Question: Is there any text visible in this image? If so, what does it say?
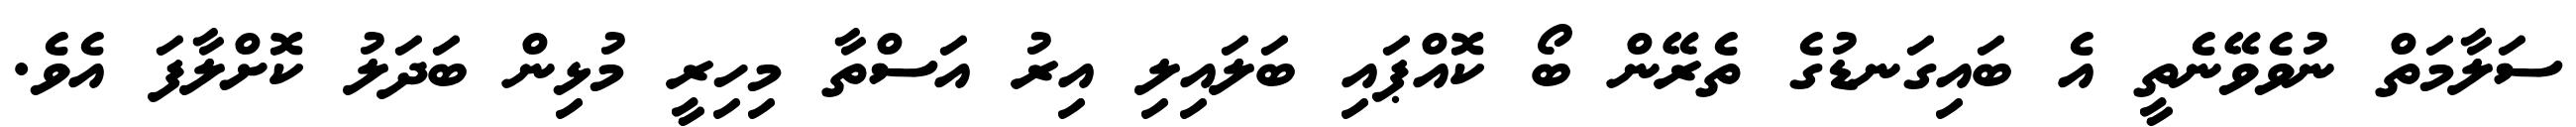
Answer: ސަލާމަތް ނުވެވޭނެތީ އެ ބައިގަނޑުގެ ތެރޭން ބޯ ކޮއްޕައި ބަލައިލި އިރު އަސްތާ މިހިރީ މުޅިން ބަދަލު ކޮށްލާފަ އެވެ.